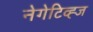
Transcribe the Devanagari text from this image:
नेगेटिव्ह्ज